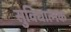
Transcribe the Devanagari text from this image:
सुविधात्मक